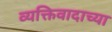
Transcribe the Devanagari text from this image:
व्यक्तिवादाच्या